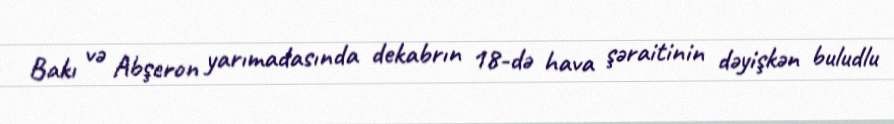
Bakı və Abşeron yarımadasında dekabrın 18-də hava şəraitinin dəyişkən buludlu